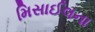
મિસાઈલના